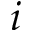
i